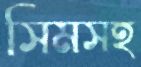
সিমসহ